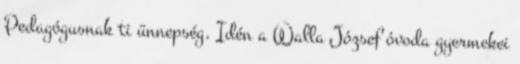
Pedagógusnak ti ünnepség. Idén a Walla József óvoda gyermekei